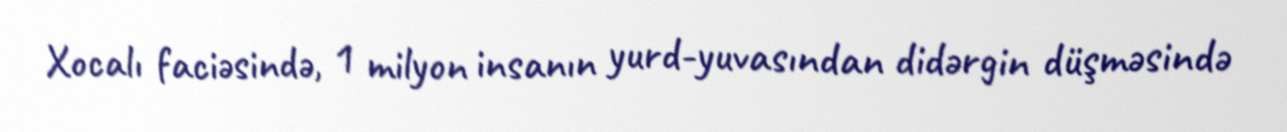
Xocalı faciəsində, 1 milyon insanın yurd-yuvasından didərgin düşməsində